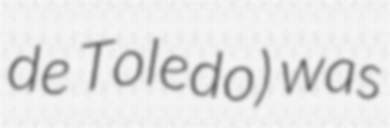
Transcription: de Toledo) was